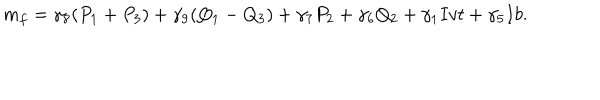
m _ { f } = \gamma _ { 8 } ( P _ { 1 } + P _ { 3 } ) + \gamma _ { 9 } ( Q _ { 1 } - Q _ { 3 } ) + \gamma _ { 7 } P _ { 2 } + \gamma _ { 6 } Q _ { 2 } + \gamma _ { 1 } I v t + \gamma _ { 5 } I b .